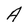
Character: A